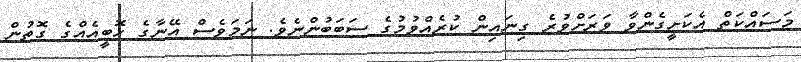
މަސައްކަތް އެކަށީގެންވާ ވަރަށްވުރެ ގިނައިން ކުރެއްވުމުގެ ސަބަބުންނެވެ. ނަމަވެސް އޭނާގެ ހޮބީއެއްގެ ގޮތުން